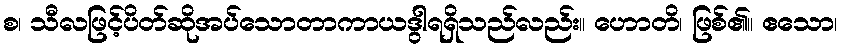
စ၊ သီလဖြင့်ပိတ်ဆိုအပ်သောတာကာယဒွါရရှိသည်လည်း။ ဟောတိ၊ ဖြစ်၏။ ဧသော၊